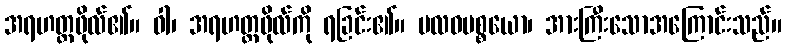
အရဟတ္တဖိုလ်၏။ ဝါ၊ အရဟတ္တဖိုလ်ကို ရခြင်း၏။ ဗလဝပစ္စယော၊ အားကြီးသောအကြောင်းသည်။